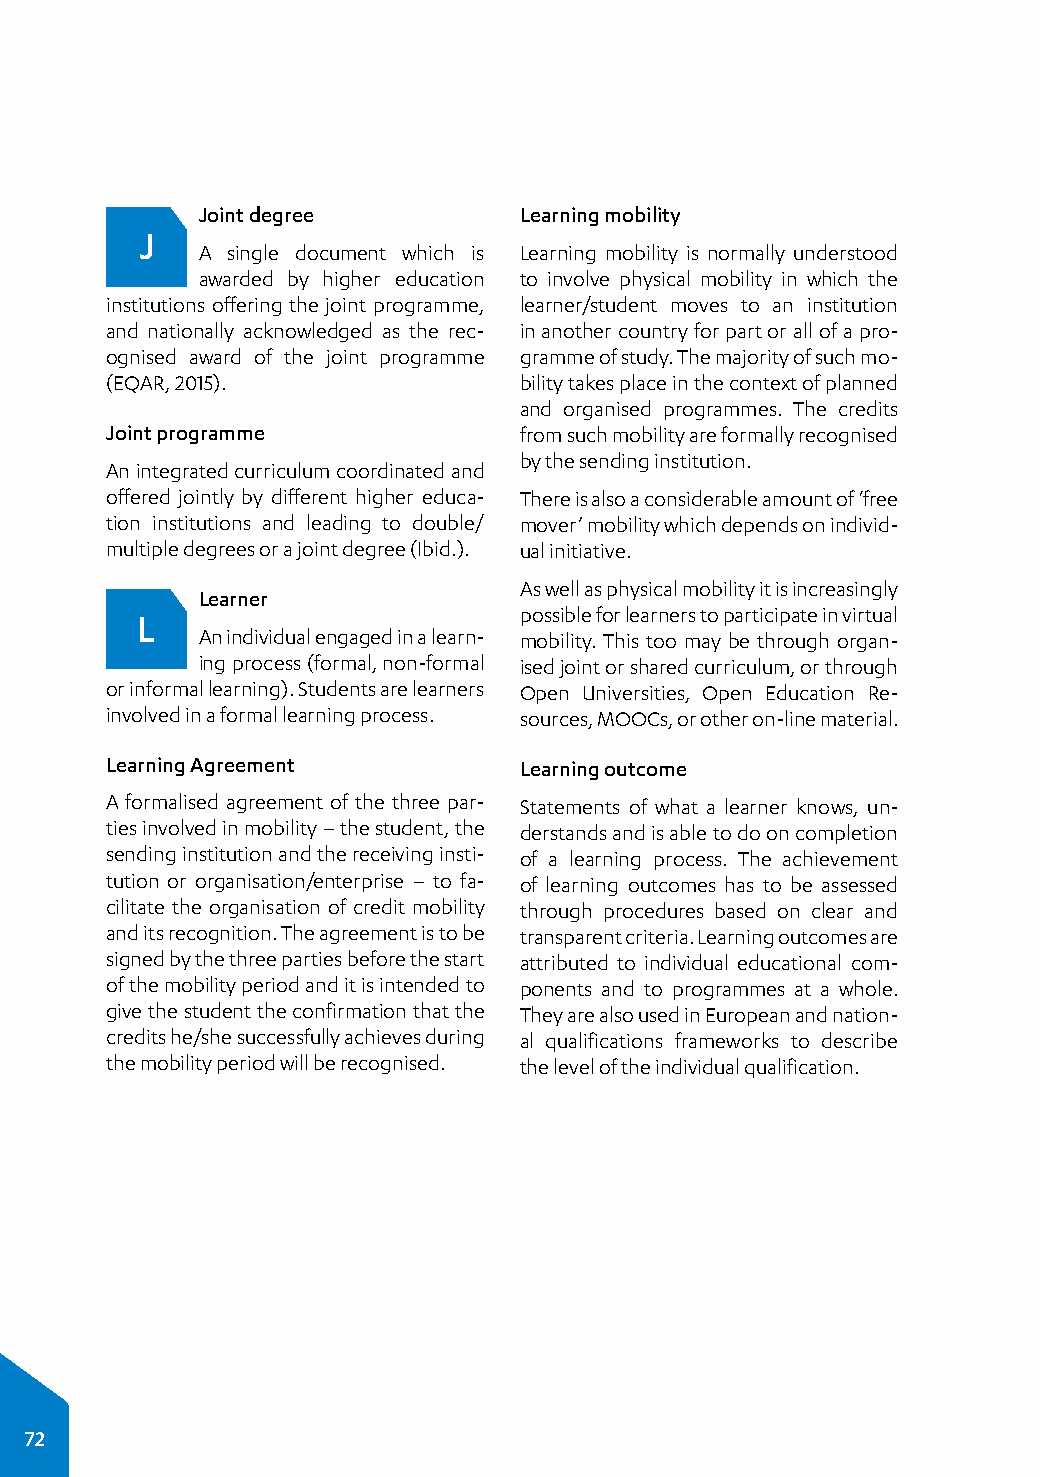
Joint degree         Learning mobility
 J
 A single document which is Learning mobility is normally understood
 awarded by higher education to involve physical mobility in which the
 institutions offering the joint programme, learner/student moves to an institution
 and nationally acknowledged as the rec­ in another country for part or all of a pro­
 ognised award of the joint programme gramme of study. The majority of such mo­
 (EQAR, 2015).              bility takes place in the context of planned
 and organised programmes. The credits
 Joint programme            from such mobility are formally recognised
 by the sending institution.
 An integrated curriculum coordinated and
 offered jointly by different higher educa­ There is also a considerable amount of ‘free
 tion institutions and leading to double/ mover’ mobility which depends on individ­
 multiple degrees or a joint degree (Ibid.). ual initiative.
 As well as physical mobility it is increasingly
 Learner
 L                        possible for learners to participate in virtual
 An individual engaged in a learn­ mobility. This too may be through organ­
 ing process (formal, non-formal ised joint or shared curriculum, or through
 or informal learning). Students are learners Open Universities, Open Education Re­
 involved in a formal learning process. sources, MOOCs, or other on-line material.
 Learning Agreement         Learning outcome
 A formalised agreement of the three par­ Statements of what a learner knows, un­
 ties involved in mobility – the student, the derstands and is able to do on completion
 sending institution and the receiving insti­ of a learning process. The achievement
 tution or organisation/enterprise – to fa­ of learning outcomes has to be assessed
 cilitate the organisation of credit mobility through procedures based on clear and
 and its recognition. The agreement is to be transparent criteria. Learning outcomes are
 signed by the three parties before the start attributed to individual educational com­
 of the mobility period and it is intended to ponents and to programmes at a whole.
 give the student the confirmation that the They are also used in European and nation­
 credits he/she successfully achieves during al qualifications frameworks to describe
 the mobility period will be recognised. the level of the individual qualification.
 72